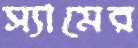
স্যামের